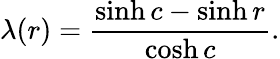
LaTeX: \lambda(r)=\frac{\sinh c-\sinh r}{\cosh c}.